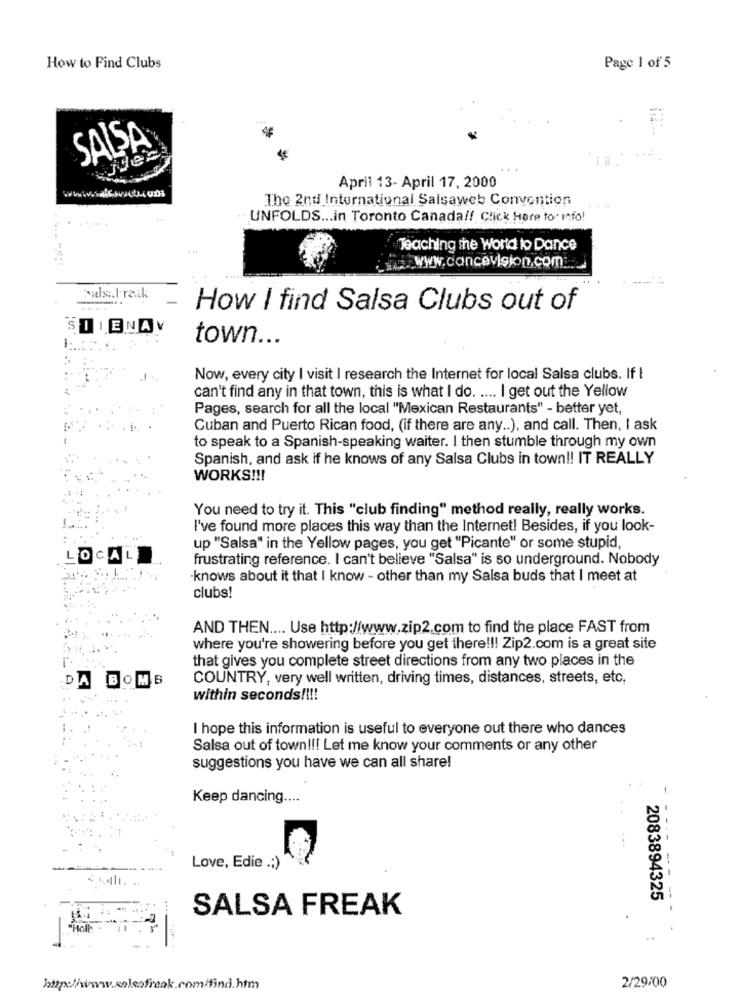
How to Find Clubs
Page 1 of 5
SALSA
Jdec
April 13- April 17, 2000
The 2nd International Salsaweb Convention
UNFOLDS ... in Toronto Canada !! Click Here to Info!
Teaching the World to Dance
www.cancevision.com ...
Salsi.l. reak
How I find Salsa Clubs out of
SUENAY
town ...
Now, every city I visit I research the Internet for local Salsa clubs. If I
can't find any in that town, this is what I do. .... I get out the Yellow
Pages, search for all the local "Mexican Restaurants" - better yet,
Cuban and Puerto Rican food, (if there are any .. ), and call. Then, I ask
to speak to a Spanish-speaking waiter. I then stumble through my own
Spanish, and ask if he knows of any Salsa Clubs in town !! IT REALLY
WORKS !!!
You need to try it. This "club finding" method really, really works.
I've found more places this way than the Internet! Besides, if you look-
up "Salsa" in the Yellow pages, you get "Picante" or some stupid,
OCA
frustrating reference. I can't believe "Salsa" is so underground. Nobody
-knows about it that I know - other than my Salsa buds that I meet at
clubs!
AND THEN .... Use http://www.zip2.com to find the place FAST from
where you're showering before you get there !!! Zip2.com is a great site
that gives you complete street directions from any two places in the
DA BOMB
COUNTRY, very well written, driving times, distances, streets, etc,
within seconds !!!!
I hope this information is useful to everyone out there who dances
Salsa out of town !!! Let me know your comments or any other
suggestions you have we can all share!
Keep dancing ....
Love, Edie .; )
2083894325
SALSA FREAK
- ---- --- ---
http:/www.solcofreak.com/tind.htm
2/29/00